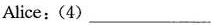
Alice:(4)___